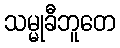
သမ္မုခီဘူတေ